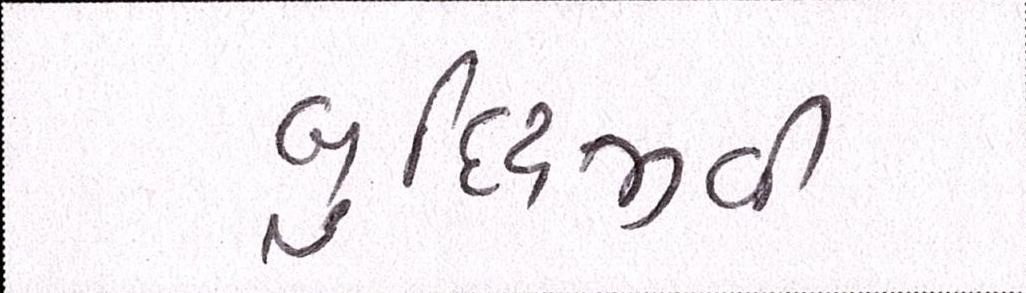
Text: બુધ્ધિજીવી